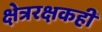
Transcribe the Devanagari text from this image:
क्षेत्ररक्षकही